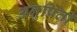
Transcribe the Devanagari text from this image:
अनुप्रिती